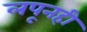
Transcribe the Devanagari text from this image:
लपूनही